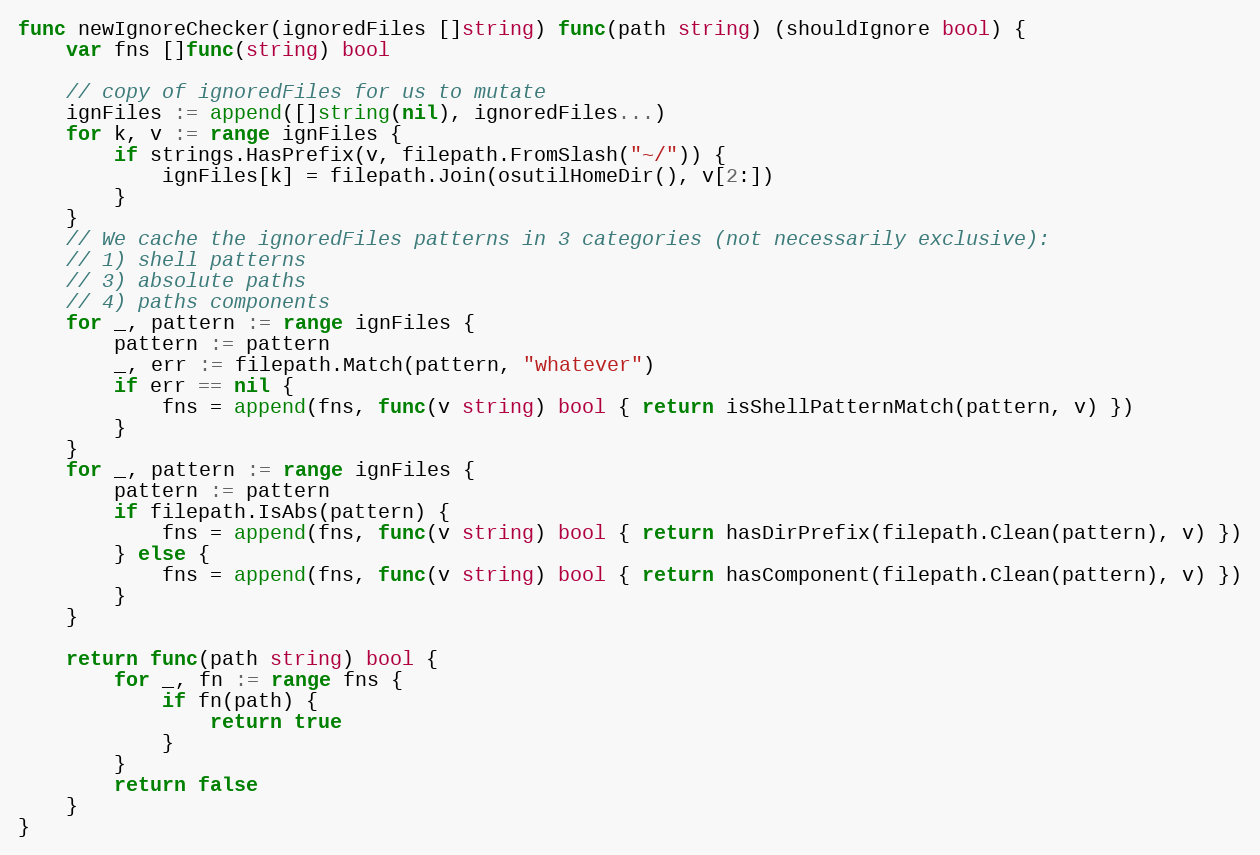
Language: Go
func newIgnoreChecker(ignoredFiles []string) func(path string) (shouldIgnore bool) {
	var fns []func(string) bool

	// copy of ignoredFiles for us to mutate
	ignFiles := append([]string(nil), ignoredFiles...)
	for k, v := range ignFiles {
		if strings.HasPrefix(v, filepath.FromSlash("~/")) {
			ignFiles[k] = filepath.Join(osutilHomeDir(), v[2:])
		}
	}
	// We cache the ignoredFiles patterns in 3 categories (not necessarily exclusive):
	// 1) shell patterns
	// 3) absolute paths
	// 4) paths components
	for _, pattern := range ignFiles {
		pattern := pattern
		_, err := filepath.Match(pattern, "whatever")
		if err == nil {
			fns = append(fns, func(v string) bool { return isShellPatternMatch(pattern, v) })
		}
	}
	for _, pattern := range ignFiles {
		pattern := pattern
		if filepath.IsAbs(pattern) {
			fns = append(fns, func(v string) bool { return hasDirPrefix(filepath.Clean(pattern), v) })
		} else {
			fns = append(fns, func(v string) bool { return hasComponent(filepath.Clean(pattern), v) })
		}
	}

	return func(path string) bool {
		for _, fn := range fns {
			if fn(path) {
				return true
			}
		}
		return false
	}
}